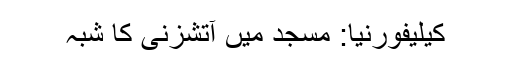
کیلیفورنیا: مسجد میں آتشزنی کا شبہ